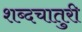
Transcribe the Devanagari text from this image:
शब्दचातुरी